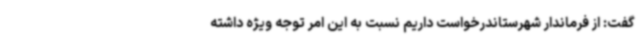
گفت: از فرماندار شهرستاندرخواست داریم نسبت به این امر توجه ویژه داشته